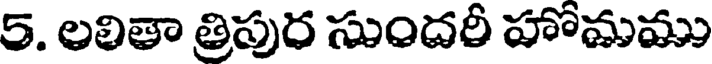
5. లలితా త్రిపుర సుందరీ హొమము